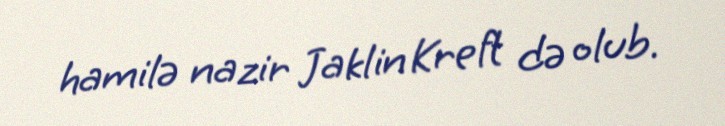
hamilə nazir Jaklin Kreft də olub.